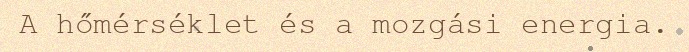
A hőmérséklet és a mozgási energia.